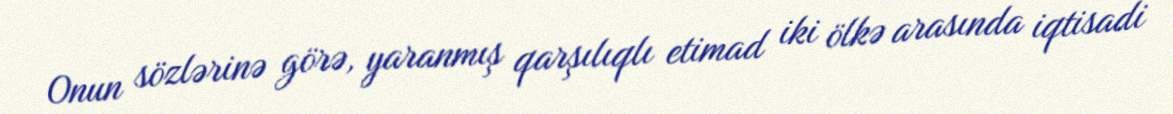
Onun sözlərinə görə, yaranmış qarşılıqlı etimad iki ölkə arasında iqtisadi